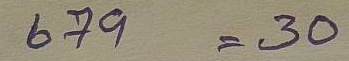
679 = 30